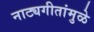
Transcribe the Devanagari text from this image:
नाट्यगीतांमुळे